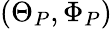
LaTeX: (\Theta_{P},\Phi_{P})